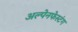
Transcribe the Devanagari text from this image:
अल्पेनफेस्टंग